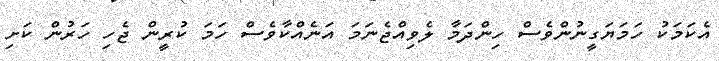
އެކަމަކު ހަމަޔަގީނުންވެސް ހިންދަމާ ލެވިއްޖެނަމަ އަނެއްކާވެސް ހަމަ ކުރީން ޖެހި ހަރުން ކަށި